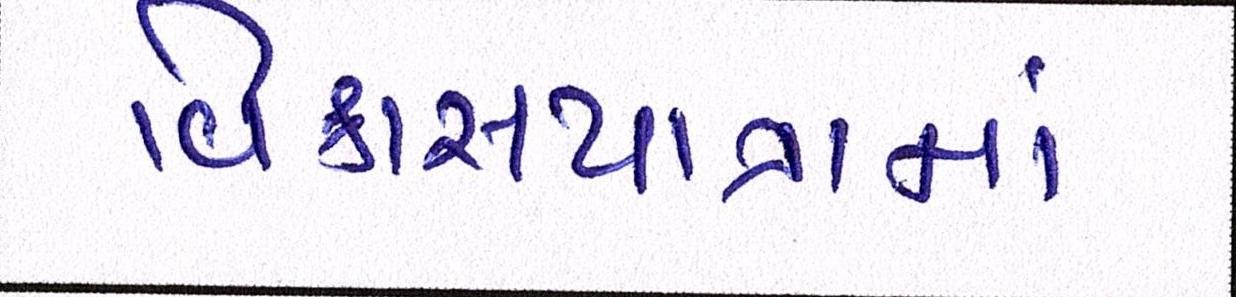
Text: વિકાસયાત્રામાં